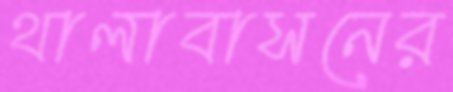
থালাবাসনের